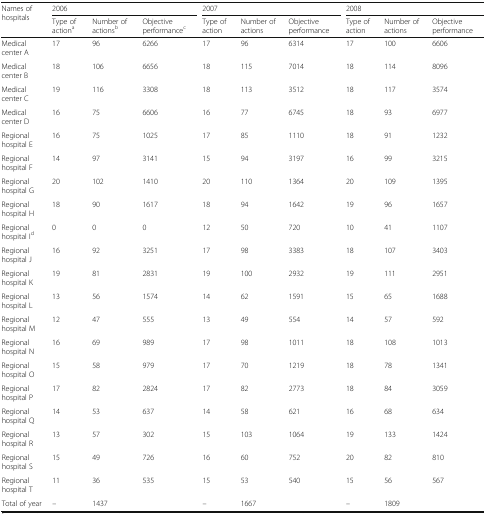
<table><thead><tr><td rowspan="2"><b>Names of hospitals</b></td><td colspan="3"><b>2006</b></td><td colspan="3"><b>2007</b></td><td colspan="3"><b>2008</b></td></tr><tr><td><b>Type of action<sup>a</sup></b></td><td><b>Number of actions<sup>b</sup></b></td><td><b>Objective performance<sup>c</sup></b></td><td><b>Type of action</b></td><td><b>Number of actions</b></td><td><b>Objective performance</b></td><td><b>Type of action</b></td><td><b>Number of actions</b></td><td><b>Objective performance</b></td></tr></thead><tbody><tr><td>Medical center A</td><td>17</td><td>96</td><td>6266</td><td>17</td><td>96</td><td>6314</td><td>17</td><td>100</td><td>6606</td></tr><tr><td>Medical center B</td><td>18</td><td>106</td><td>6656</td><td>18</td><td>115</td><td>7014</td><td>18</td><td>114</td><td>8096</td></tr><tr><td>Medical center C</td><td>19</td><td>116</td><td>3308</td><td>18</td><td>113</td><td>3512</td><td>18</td><td>117</td><td>3574</td></tr><tr><td>Medical center D</td><td>16</td><td>75</td><td>6606</td><td>16</td><td>77</td><td>6745</td><td>18</td><td>93</td><td>6977</td></tr><tr><td>Regional hospital E</td><td>16</td><td>75</td><td>1025</td><td>17</td><td>85</td><td>1110</td><td>18</td><td>91</td><td>1232</td></tr><tr><td>Regional hospital F</td><td>14</td><td>97</td><td>3141</td><td>15</td><td>94</td><td>3197</td><td>16</td><td>99</td><td>3215</td></tr><tr><td>Regional hospital G</td><td>20</td><td>102</td><td>1410</td><td>20</td><td>110</td><td>1364</td><td>20</td><td>109</td><td>1395</td></tr><tr><td>Regional hospital H</td><td>18</td><td>90</td><td>1617</td><td>18</td><td>94</td><td>1642</td><td>19</td><td>96</td><td>1657</td></tr><tr><td>Regional hospital I<sup>d</sup></td><td>0</td><td>0</td><td>0</td><td>12</td><td>50</td><td>720</td><td>10</td><td>41</td><td>1107</td></tr><tr><td>Regional hospital J</td><td>16</td><td>92</td><td>3251</td><td>17</td><td>98</td><td>3383</td><td>18</td><td>107</td><td>3403</td></tr><tr><td>Regional hospital K</td><td>19</td><td>81</td><td>2831</td><td>19</td><td>100</td><td>2932</td><td>19</td><td>111</td><td>2951</td></tr><tr><td>Regional hospital L</td><td>13</td><td>56</td><td>1574</td><td>14</td><td>62</td><td>1591</td><td>15</td><td>65</td><td>1688</td></tr><tr><td>Regional hospital M</td><td>12</td><td>47</td><td>555</td><td>13</td><td>49</td><td>554</td><td>14</td><td>57</td><td>592</td></tr><tr><td>Regional hospital N</td><td>16</td><td>69</td><td>989</td><td>17</td><td>98</td><td>1011</td><td>18</td><td>108</td><td>1013</td></tr><tr><td>Regional hospital O</td><td>15</td><td>58</td><td>979</td><td>17</td><td>70</td><td>1219</td><td>18</td><td>78</td><td>1341</td></tr><tr><td>Regional hospital P</td><td>17</td><td>82</td><td>2824</td><td>17</td><td>82</td><td>2773</td><td>18</td><td>84</td><td>3059</td></tr><tr><td>Regional hospital Q</td><td>14</td><td>53</td><td>637</td><td>14</td><td>58</td><td>621</td><td>16</td><td>68</td><td>634</td></tr><tr><td>Regional hospital R</td><td>13</td><td>57</td><td>302</td><td>15</td><td>103</td><td>1064</td><td>19</td><td>133</td><td>1424</td></tr><tr><td>Regional hospital S</td><td>15</td><td>49</td><td>726</td><td>16</td><td>60</td><td>752</td><td>20</td><td>82</td><td>810</td></tr><tr><td>Regional hospital T</td><td>11</td><td>36</td><td>535</td><td>15</td><td>53</td><td>540</td><td>15</td><td>56</td><td>567</td></tr><tr><td>Total of year</td><td>–</td><td>1437</td><td></td><td>–</td><td>1667</td><td></td><td>–</td><td>1809</td><td></td></tr></tbody></table>